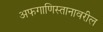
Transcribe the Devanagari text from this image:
अफगाणिस्तानावरील